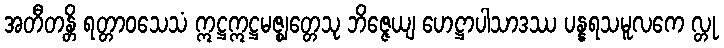
အတီတန္တိ ရတ္တာဝသေသံ ဣဋ္ဌဣဋ္ဌမဇ္ဈတ္တေသု ဘိဇ္ဇေယျ ဟေဋ္ဌာပါသာဒဿ ပန္နရသမူလကေ လ္တု